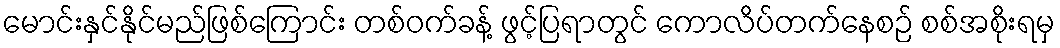
မောင်းနှင်နိုင်မည်ဖြစ်ကြောင်း တစ်ဝက်ခန့် ဖွင့်ပြရာတွင် ကောလိပ်တက်နေစဉ် စစ်အစိုးရမှ